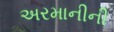
અરમાનીની